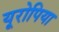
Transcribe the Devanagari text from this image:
यूरोपिया